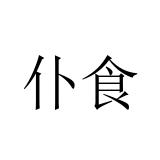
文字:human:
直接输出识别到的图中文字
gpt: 仆食